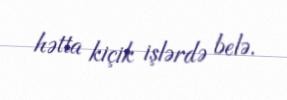
hətta kiçik işlərdə belə.